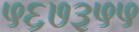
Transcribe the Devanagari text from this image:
५६७३५५